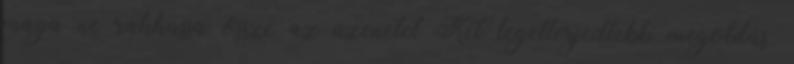
maga ne rakhassa össze az üzenetet Két legelterjedtebb megoldás: